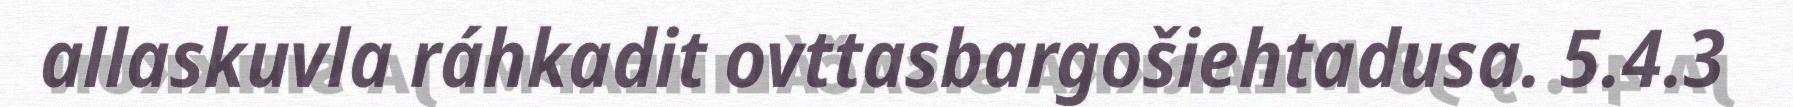
allaskuvla ráhkadit ovttasbargošiehtadusa. 5.4.3